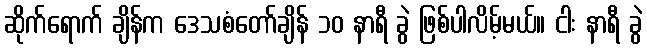
ဆိုက်ရောက် ချိန်က ဒေသစံတော်ချိန် ၁၀ နာရီ ခွဲ ဖြစ်ပါလိမ့်မယ်။ ငါး နာရီ ခွဲ